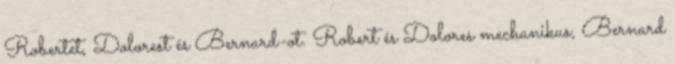
Robertet, Dolorest és Bernard-ot. Robert és Dolores mechanikus, Bernard